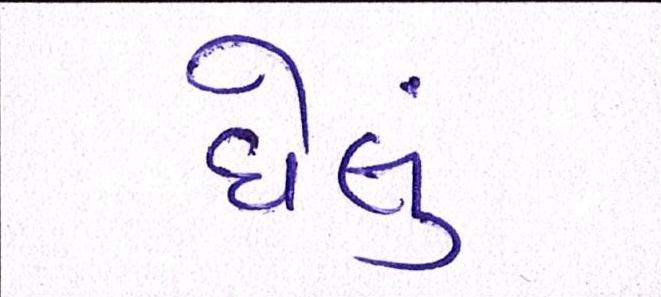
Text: ઘેલું